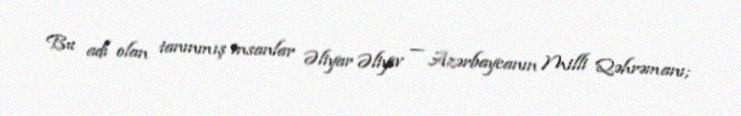
Bu adı olan tanınmış insanlar Əliyar Əliyev — Azərbaycanın Milli Qəhrəmanı;